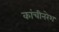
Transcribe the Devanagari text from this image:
कांचीनरेश